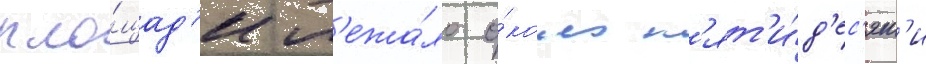
пло́щад'и л'ежа́ло о́коло п'ят'и́д'ес'ят'и